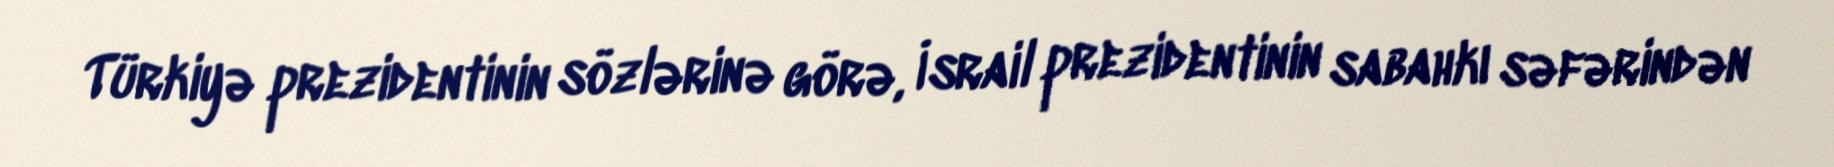
Türkiyə prezidentinin sözlərinə görə, İsrail prezidentinin sabahkı səfərindən